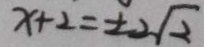
x + 2 = \pm 2 \sqrt { 2 }